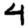
Digit: 4